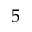
5